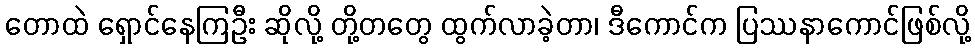
တောထဲ ရှောင်နေကြဦး ဆိုလို့ တို့တတွေ ထွက်လာခဲ့တာ၊ ဒီကောင်က ပြဿနာကောင်ဖြစ်လို့